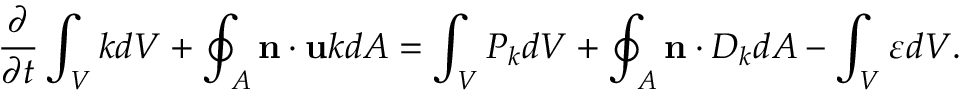
\frac { \partial } { \partial t } \int _ { V } k d V + \oint _ { A } \mathbf { n } \cdot \mathbf { u } k d A = \int _ { V } P _ { k } d V + \oint _ { A } \mathbf { n } \cdot D _ { k } d A - \int _ { V } \varepsilon d V .